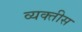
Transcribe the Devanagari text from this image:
व्यक्‍तीस